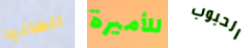
المانيا للأميرة الحبوب